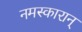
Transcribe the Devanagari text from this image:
नमस्कारान्